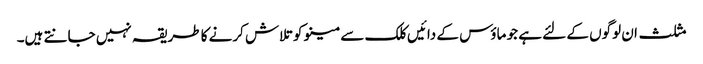
مثلث ان لوگوں کے لئے ہے جو ماؤس کے دائیں کلک سے مینو کو تلاش کرنے کا طریقہ نہیں جانتے ہیں۔